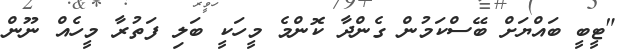
"ޓީބީ ބައްޔަށް ބޭސްކަމުން ގެންދާ ކޮންމެ މީހަކީ ބަލި ފަތުރާ މީހެއް ނޫން